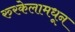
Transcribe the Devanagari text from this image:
रुरकेलामधून